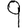
Digit: 9